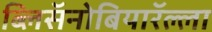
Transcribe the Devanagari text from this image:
ब्लिसॅनोबियारॅल्ला